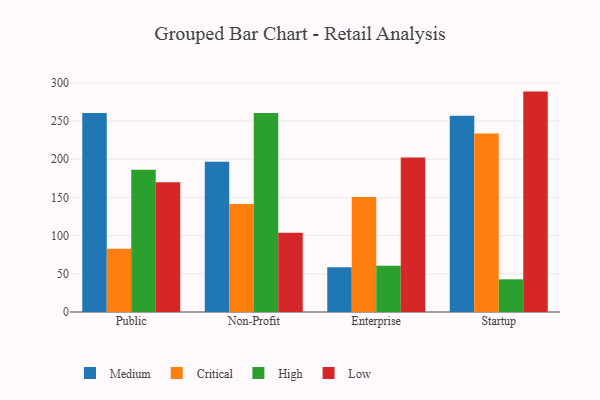
{"axis": {"x": "Segment", "y": "Backlog"}, "legend": ["Critical", "High", "Low", "Medium"], "data": [{"x": "Public", "y": 260.4, "type": "Medium"}, {"x": "Public", "y": 82.8, "type": "Critical"}, {"x": "Public", "y": 186.1, "type": "High"}, {"x": "Public", "y": 170.0, "type": "Low"}, {"x": "Non-Profit", "y": 196.8, "type": "Medium"}, {"x": "Non-Profit", "y": 141.5, "type": "Critical"}, {"x": "Non-Profit", "y": 260.4, "type": "High"}, {"x": "Non-Profit", "y": 103.6, "type": "Low"}, {"x": "Enterprise", "y": 58.7, "type": "Medium"}, {"x": "Enterprise", "y": 150.6, "type": "Critical"}, {"x": "Enterprise", "y": 60.4, "type": "High"}, {"x": "Enterprise", "y": 202.3, "type": "Low"}, {"x": "Startup", "y": 256.9, "type": "Medium"}, {"x": "Startup", "y": 233.5, "type": "Critical"}, {"x": "Startup", "y": 42.8, "type": "High"}, {"x": "Startup", "y": 288.5, "type": "Low"}]}